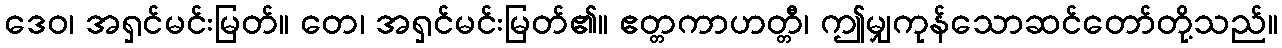
ဒေဝ၊ အရှင်မင်းမြတ်။ တေ၊ အရှင်မင်းမြတ်၏။ ဧတ္တကာဟတ္တီ၊ ဤမျှကုန်သောဆင်တော်တို့သည်။